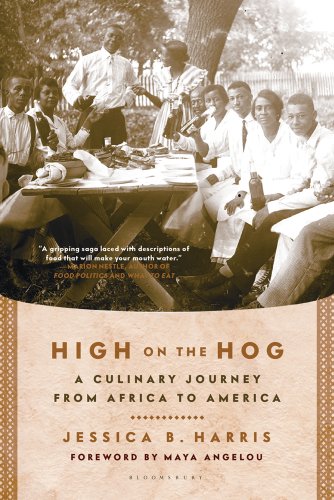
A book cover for High on the Hog: A Culinary Journey from Africa to America; Jessica B. Harris; Cookbooks, Food & Wine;